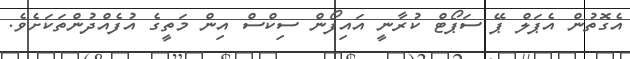
އެގޮތުން އެޕަލް ޕޭ ސަޕޯޓް ކުރާނީ އައިފޯން ސިކްސް އިން މަތީގެ އުފެއްދުންތަކަށެވެ.